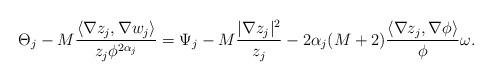
LaTeX: \begin{align*} \Theta_j-M\frac{\langle \nabla z_j, \nabla w_j \rangle}{z_j \phi^{2\alpha_j}} = \Psi_j-M \frac{|\nabla z_j|^2}{z_j}-2 \alpha_j (M+2) \frac{ \langle \nabla z_j, \nabla \phi\rangle}{\phi} \omega.\end{align*}